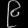
Digit: ၉